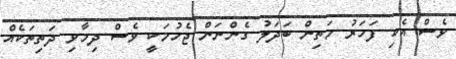
ވެސް އެކި ފަހަރު މަތިން ބަދަލު ގެންނަން ޖެހުމަކީ ވެސް ދިމާވި ދަތިތަކެއް